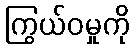
ကြွယ်ဝမှုကို